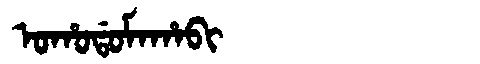
Manchu: ᠣᡥᠣᡩᠣᠮᠠᡥᠠᠪᡳ
Romanization: OHODOMAHABI